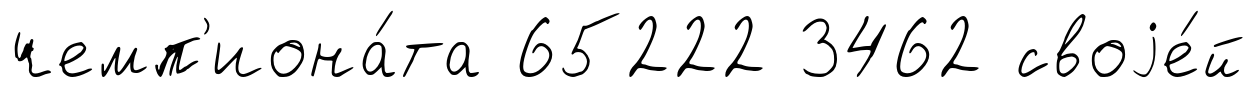
чемп'иона́та 65222 3462 своjе́й